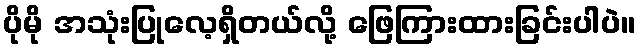
ပိုမို အသုံးပြုလေ့ရှိတယ်လို့ ဖြေကြားထားခြင်းပါပဲ။